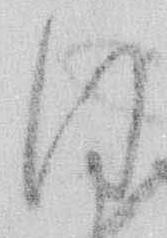
ほ